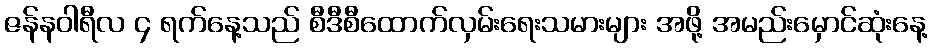
ဇန်နဝါရီလ ၄ ရက်နေ့သည် စီဒီစီထောက်လှမ်းရေးသမားများ အဖို့ အမည်းမှောင်ဆုံးနေ့